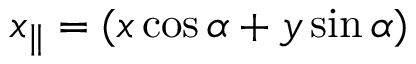
x _ { \| } = ( x \cos \alpha + y \sin \alpha )